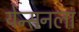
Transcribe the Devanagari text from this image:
येन्सनला